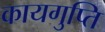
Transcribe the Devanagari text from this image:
कायगुप्ति